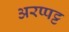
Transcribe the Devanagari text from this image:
अरप्पट्ट